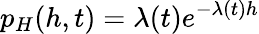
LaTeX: p_{H}(h,t)=\lambda(t)e^{-\lambda(t)h}